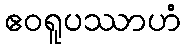
ဧဝရူပဿာဟံ